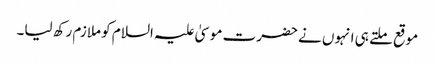
موقع ملتے ہی انہوں نے حضرت موسیٰ علیہ السلام کو ملازم رکھ لیا۔